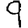
Digit: 9